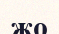
жо